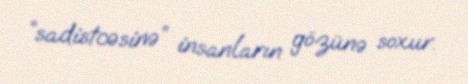
“sadistcəsinə” insanların gözünə soxur.